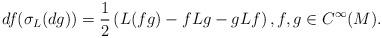
LaTeX: \begin{align*}df(\sigma_L(dg)) = \frac{1}{2} \left( L(fg) - fLg - g Lf\right), f,g \in C^\infty(M).\end{align*}